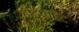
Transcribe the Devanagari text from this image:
हार्डप्वाइंट